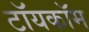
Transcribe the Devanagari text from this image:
टॉयकॉम